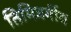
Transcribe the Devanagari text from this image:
तिमिवर्गीय